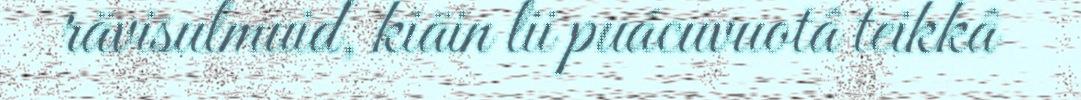
rävisulmuid, kiäin lii puácuvuotâ teikkâ